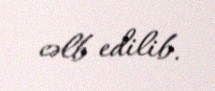
cəlb edilib.